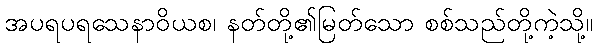
အပရပရသေနာဝိယစ၊ နတ်တို့၏မြတ်သော စစ်သည်တို့ကဲ့သို့။